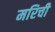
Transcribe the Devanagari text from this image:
मरिची